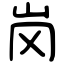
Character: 岗